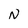
Character: N